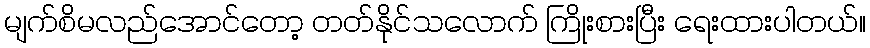
မျက်စိမလည်အောင်တော့ တတ်နိုင်သလောက် ကြိုးစားပြီး ရေးထားပါတယ်။